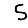
Digit: 5